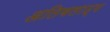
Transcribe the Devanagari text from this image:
अतिबलाढ्य